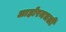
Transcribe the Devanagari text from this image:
लाहोरमधली